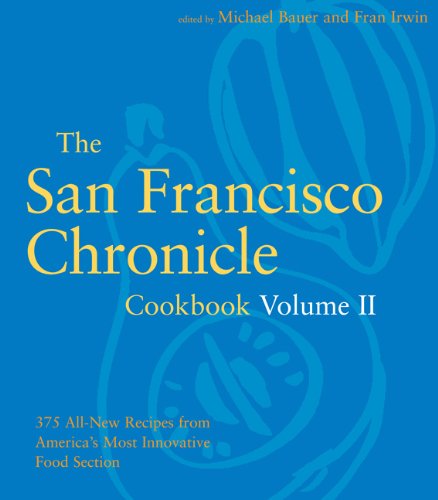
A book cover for The San Francisco Chronicle Cookbook Volume II; Micheal Bauer; Cookbooks, Food & Wine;